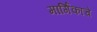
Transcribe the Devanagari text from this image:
मार्गिकांचे